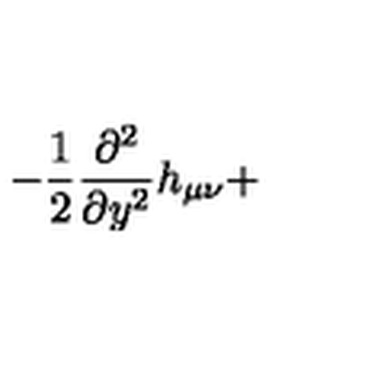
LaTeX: - \frac { 1 } { 2 } \frac { \partial ^ { 2 } } { \partial y ^ { 2 } } h _ { \mu \nu } +